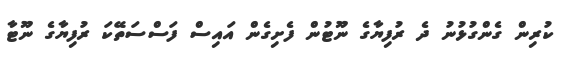
ކުރިން ގެންގުޅުނު ދެ ރުފިޔާގެ ނޫޓުން ފެށިގެން އައިސް ފަސްސަތޭކަ ރުފިޔާގެ ނޫޓާ